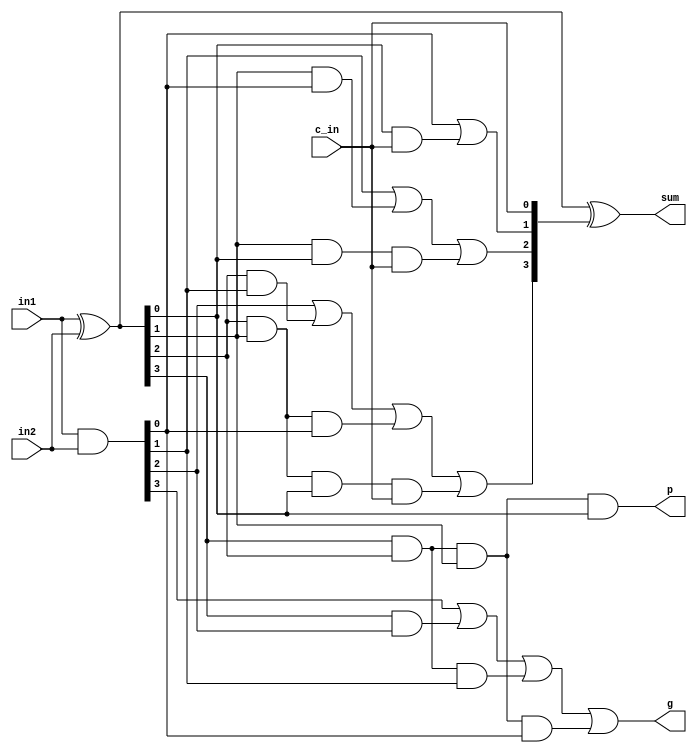
`timescale 1ns / 1ps

//////////////////////////////////////////////////////////////////////////////////
/*
    Assignment Number: 1
    Problem Number: 2 Carry Look-ahead Adder
    Semester Number: 5
    Group Number: 1 
    Group Members: Animesh Jha(19CS10070), Nisarg Upadhyaya (19CS30031)
*/
//////////////////////////////////////////////////////////////////////////////////

module CLA_4bit_augmented(
    input [3:0] in1,
    input [3:0] in2,
    input c_in,
    output [3:0] sum,
    output p,
    output g
    );
	 
/*
	Logic:
	
	G[i] = in1[i] & in2[i], 0 <= i <= 3
	P[i] = in1[i] ^ in2[i], 0 <= i <= 3
	
	Take c_in to be carry[0] then
	sum[i] = P[i] ^ carry[i], 0 <= i <= 3
	carry[i] = G[i-1] | (P[i-1] & carry[i-1]), 1 <= i <= 3
	
	Recursively expanding we get
	carry[1] = G[0] | (P[0] & carry[0]) = G[0] | (P[0] & c_in)
	carry[2] = G[1] | (P[1] & carry[1]) = G[1] | (P[1] & G[0]) | (P[1] & P[0] & c_in)
	carry[3] = G[2] | (P[2] & carry[2]) = G[2] | (P[2] & G[1]) | (P[2] & P[1] & G[0]) | (P[2] & P[1] & P[0] & c_in)
	
	Also block propogate p and generate g are calculated as
	p = P[3] & P[2] & P[1] & P[0]
	g = G[3] | (P[3] & G[2]) | (P[3] & P[2] & G[1]) | (P[3] & P[2] & P[1] & G[0])
*/

	wire [3:0] G, P, carry; // wires for bitwise generate, propagate and carries
	
	// calculate bitwise generate and propagate
	assign G = in1 & in2;
	assign P = in1 ^ in2;
	
	// calculate subsequent carries using generates and propagates
	assign carry[0] = c_in;
	assign carry[1] = G[0] | (P[0] & carry[0]);
	assign carry[2] = G[1] | (P[1] & G[0]) | (P[1] & P[0] & carry[0]);
	assign carry[3] = G[2] | (P[2] & G[1]) | (P[2] & P[1] & G[0]) | (P[2] & P[1] & P[0] & carry[0]);
	
	// calculate final sum using propagate and carries
	assign sum = P ^ carry;
	
	// calculate block propagate and generate for next level
	assign p = P[3] & P[2] & P[1] & P[0];
	assign g = G[3] | (P[3] & G[2]) | (P[3] & P[2] & G[1]) | (P[3] & P[2] & P[1] & G[0]);


endmodule